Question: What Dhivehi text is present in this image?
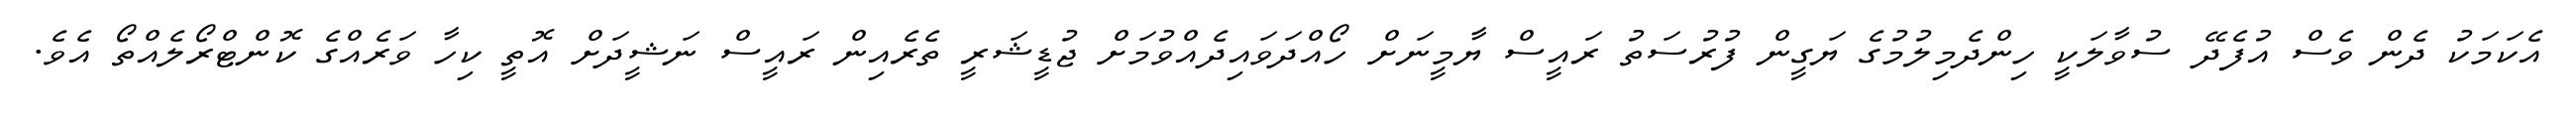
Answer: އެކަމަކު ދެން ވެސް އުފެދޭ ސުވާލަކީ ހިންދެމިލުމުގެ ޔަގީން ފުރުސަތު ރައީސް ޔާމީނަށް ހޯއްދަވައިދެއްވުމަށް ޖުޑީޝަރީ ތެރެއިން ރައީސް ނަޝީދަށް އޮތީ ކިހާ ވަރެއްގެ ކޮންޓްރޯލެއްތޯ އެވެ.